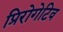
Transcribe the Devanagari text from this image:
प्रिरोगेटिव